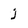
Character: j